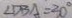
\angle D B A = 3 0 ^ { \circ }